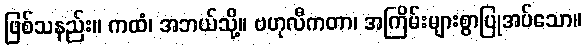
ဖြစ်သနည်း။ ကထံ၊ အဘယ်သို့။ ဗဟုလီကတာ၊ အကြိမ်းများစွာပြုအပ်သော။